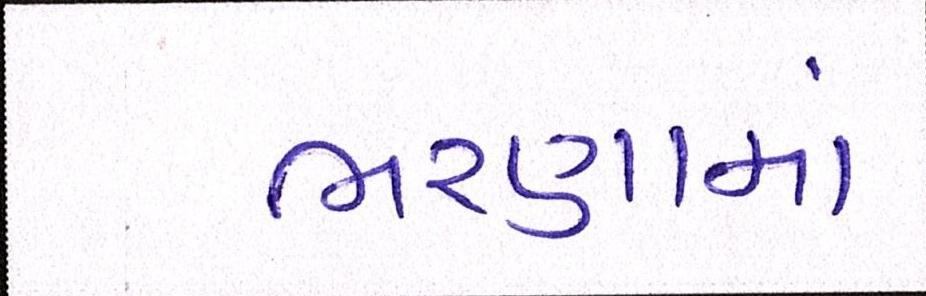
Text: ભરણામાં